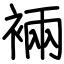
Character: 裲